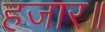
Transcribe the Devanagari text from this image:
हजार॥